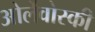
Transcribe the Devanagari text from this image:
ओर्लेवोस्की